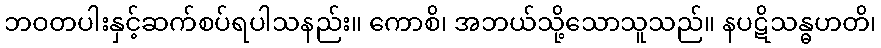
ဘဝတပါးနှင့်ဆက်စပ်ရပါသနည်း။ ကောစိ၊ အဘယ်သို့သောသူသည်။ နပဋိသန္ဓဟတိ၊